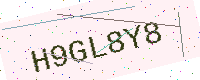
Text: H9GL8Y8